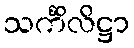
သင်္ကိလိဋ္ဌာ